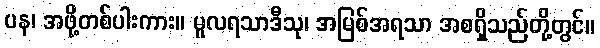
ပန၊ အဖို့တစ်ပါးကား။ မူလရသာဒီသု၊ အမြစ်အရသာ အစရှိသည်တို့တွင်။